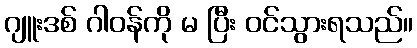
ဂျူးဒစ် ဂါဝန်ကို မ ပြီး ဝင်သွားရသည်။